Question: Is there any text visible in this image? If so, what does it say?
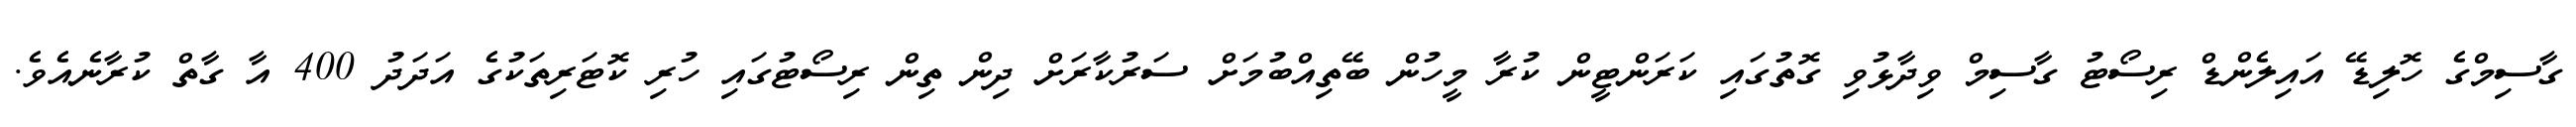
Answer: ގާސިމްގެ ހޮލިޑޭ އައިލެންޑް ރިސޯޓު ގާސިމް ވިދާޅުވި ގޮތުގައި ކަރަންޓީން ކުރާ މީހުން ބޭތިއްބުމަށް ސަރުކާރަށް ދިން ތިން ރިސޯޓުގައި ހުރި ކޮޓަރިތަކުގެ އަދަދު 400 އާ ގާތް ކުރާނެއެވެ.